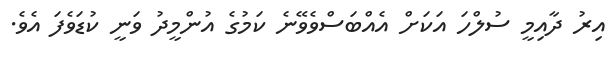
އިރު ދާއިމީ ސުލްހަ އަކަށް އެއްބަސްވެވޭނެ ކަމުގެ އުންމީދު ވަނީ ކުޑަވެފަ އެވެ.